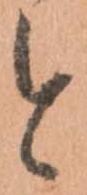
と